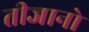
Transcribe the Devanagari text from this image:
तीजानो